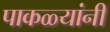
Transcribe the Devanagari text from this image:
पाकळ्यांनी